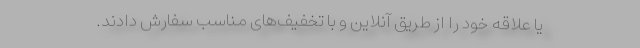
یا علاقه خود را از طریق آنلاین و با تخفیف‌های مناسب سفارش دادند.